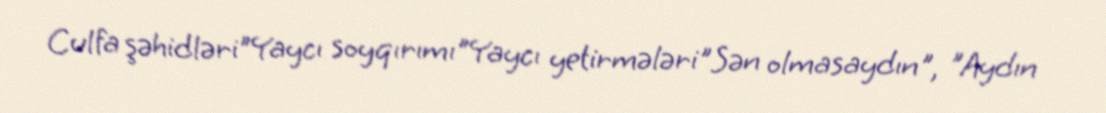
Culfa şəhidləri"Yaycı soyqırımı"Yaycı yetirmələri"Sən olmasaydın", "Aydın